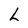
Character: L